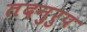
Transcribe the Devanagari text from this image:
तदनुरुप